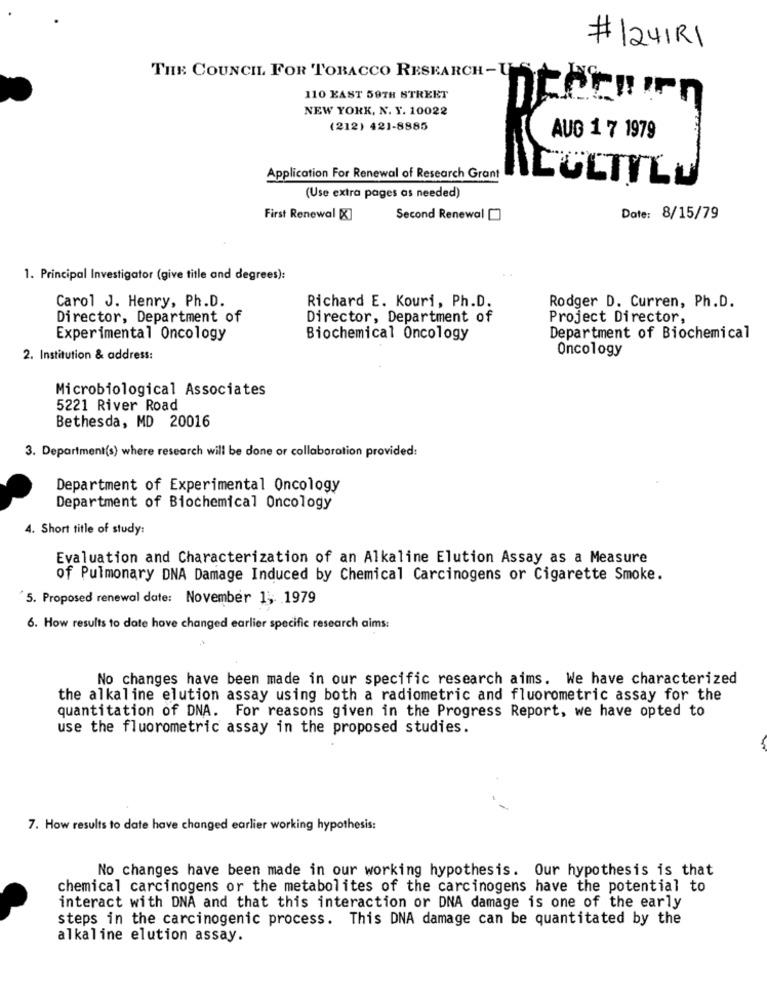
# 1241R1
THE COUNCIL FOR TOBACCO RESEARCH -U
110 EAST 59TH STREET
NEW YORK, N. Y. 10022
(212) 421-8885
AUG 1 7 1979
Application For Renewal of Research Grant
CULTILU
(Use extra pages as needed)
First Renewal [X]
Second Renewal []
Date: 8/15/79
1. Principal Investigator (give title and degrees):
Carol J. Henry, Ph.D.
Richard E. Kouri, Ph.D.
Rodger D. Curren, Ph.D.
Director, Department of
Director, Department of
Project Director,
Experimental Oncology
Biochemical Oncology
Department of Biochemical
Oncology
2. Institution & address:
Microbiological Associates
5221 River Road
Bethesda, MD 20016
3. Department(s) where research will be done or collaboration provided:
Department of Experimental Oncology
Department of Biochemical Oncology
4. Short title of study:
Evaluation and Characterization of an Alkaline Elution Assay as a Measure
of Pulmonary DNA Damage Induced by Chemical Carcinogens or Cigarette Smoke.
5. Proposed renewal date: November 1; 1979
6. How results to date have changed earlier specific research aims:
No changes have been made in our specific research aims. We have characterized
the alkaline elution assay using both a radiometric and fluorometric assay for the
quantitation of DNA. For reasons given in the Progress Report, we have opted to
use the fluorometric assay in the proposed studies.
7. How results to date have changed earlier working hypothesis:
No changes have been made in our working hypothesis. Our hypothesis is that
chemical carcinogens or the metabolites of the carcinogens have the potential to
interact with DNA and that this interaction or DNA damage is one of the early
steps in the carcinogenic process. This DNA damage can be quantitated by the
alkaline elution assay.